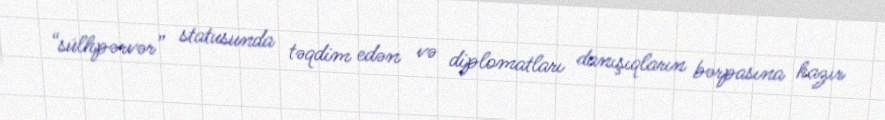
“sülhpərvər” statusunda təqdim edən və diplomatları danışıqların bərpasına hazır